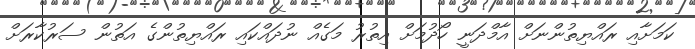
ކަމަށާއި ރައްޔިތުންނަށް އާމްދަނީ ހޯދުމަށް އިތުރު މަގެއް ނުދައްކައި ރައްޔިތުންގެ އަތުން ސަރުކާރަށް